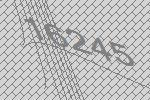
16245